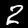
Label: 2